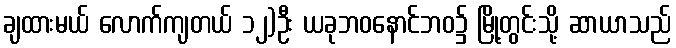
ချထားမယ် လောက်ကျတယ် ၁၂)ဦး ယခုဘဝနောင်ဘဝ၌ မြို့တွင်းသို့ ဆာယာသည်